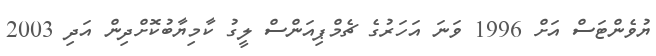
ޔުވެންޓަސް އަށް 1996 ވަަނަ އަހަރުގެ ޗެމްޕިއަންސް ލީގު ކާމިޔާބުކޮށްދިން އަދި 2003